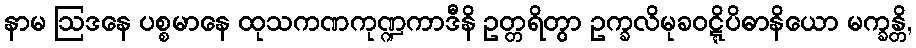
နာမ ဩဒနေ ပစ္စမာနေ ထုသကဏကုဏ္ဍကာဒီနိ ဥတ္တရိတွာ ဥက္ခလိမုခဝဋ္ဋိပိဓာနိယော မက္ခန္တိ,